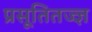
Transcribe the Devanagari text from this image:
प्रसूतितज्‍ज्ञ